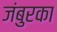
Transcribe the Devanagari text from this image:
जंबुरका